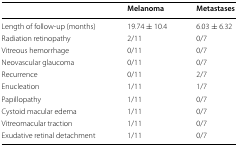
<table><thead><tr><td></td><td><b>Melanoma</b></td><td><b>Metastases</b></td></tr></thead><tbody><tr><td>Length of follow-up (months)</td><td>19.74 ± 10.4</td><td>6.03 ± 6.32</td></tr><tr><td>Radiation retinopathy</td><td>2/11</td><td>0/7</td></tr><tr><td>Vitreous hemorrhage</td><td>0/11</td><td>0/7</td></tr><tr><td>Neovascular glaucoma</td><td>0/11</td><td>0/7</td></tr><tr><td>Recurrence</td><td>0/11</td><td>2/7</td></tr><tr><td>Enucleation</td><td>1/11</td><td>1/7</td></tr><tr><td>Papillopathy</td><td>1/11</td><td>0/7</td></tr><tr><td>Cystoid macular edema</td><td>1/11</td><td>0/7</td></tr><tr><td>Vitreomacular traction</td><td>1/11</td><td>0/7</td></tr><tr><td>Exudative retinal detachment</td><td>1/11</td><td>0/7</td></tr></tbody></table>